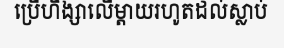
ប្រើហិង្សាលើម្តាយរហូតដល់ស្លាប់